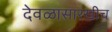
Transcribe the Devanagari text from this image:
देवळासारखीच